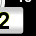
Digit: 2